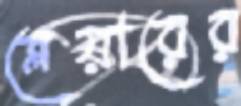
ব্লেয়ারের